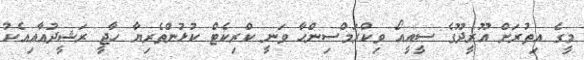
މީގެ އިތުރަށް އޫރީދޫގެ ސީއީއޯ ވިކްރަމްސިންހާ ވަނީ ކްރިކެޓް ކުޅުންތެރިޔާ ހާޖީ ރަޝީދުއާއިއެކު